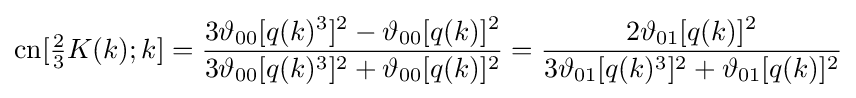
\operatorname {cn} [{\tfrac {2}{3}}K(k);k]={\frac {3\vartheta _{00}[q(k)^{3}]^{2}-\vartheta _{00}[q(k)]^{2}}{3\vartheta _{00}[q(k)^{3}]^{2}+\vartheta _{00}[q(k)]^{2}}}={\frac {2\vartheta _{01}[q(k)]^{2}}{3\vartheta _{01}[q(k)^{3}]^{2}+\vartheta _{01}[q(k)]^{2}}}